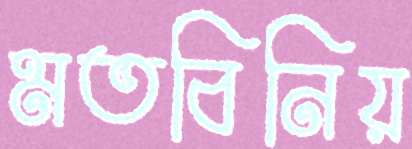
মতবিনিয়